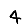
Digit: 4